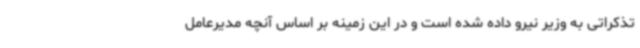
تذکراتی به وزیر نیرو داده شده است و در این زمینه بر اساس آنچه مدیرعامل